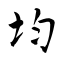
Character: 均